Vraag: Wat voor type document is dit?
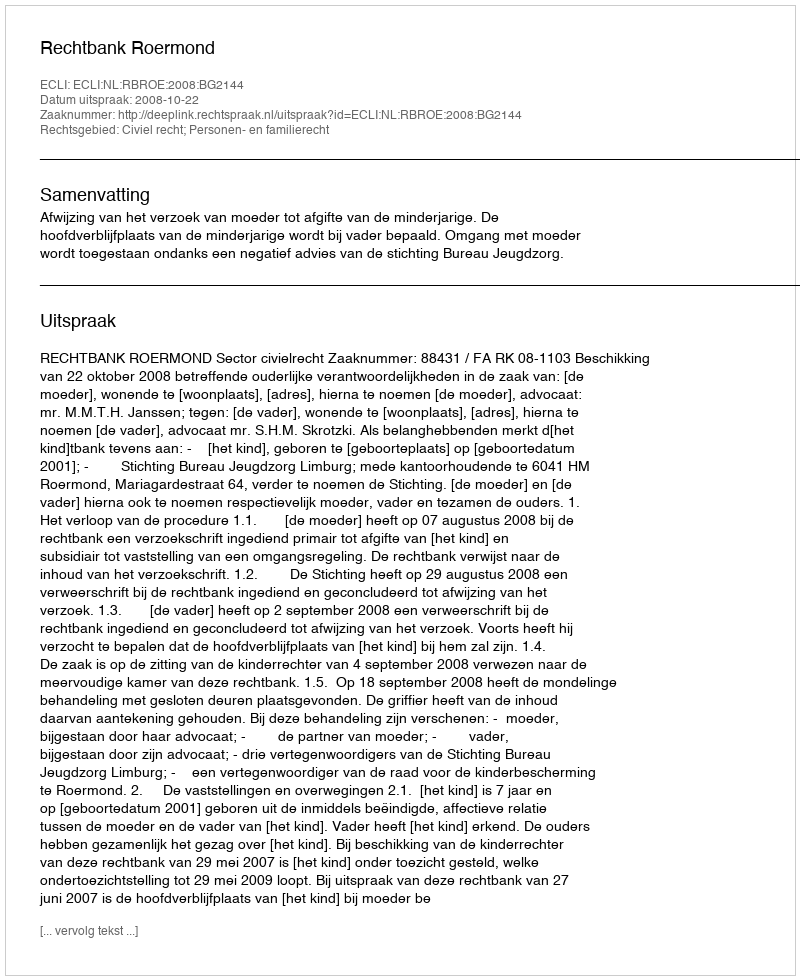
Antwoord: Uitspraak